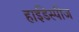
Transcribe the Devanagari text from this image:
हाईडेस्पीज